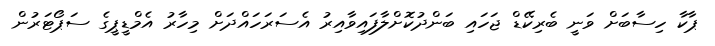
ޕާކާ ހިސާބަށް ވަނީ ބެރިކޭޑް ޖަހައި ބަންދުކޮށްލާފައިވާއިރު އެސަރަހައްދަށް މިހާރު އެމްޑީޕީގެ ސަޕޯޓަރުން